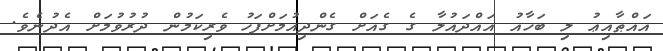
އައްޠާއިޢު ލި ބަހާއު އައްދައުލާ ގެ ގެއަށް ގެންދިއުމަށްފަހު ވެރިކަމުން ދުރުވުމަށް އެދުނެވެ.